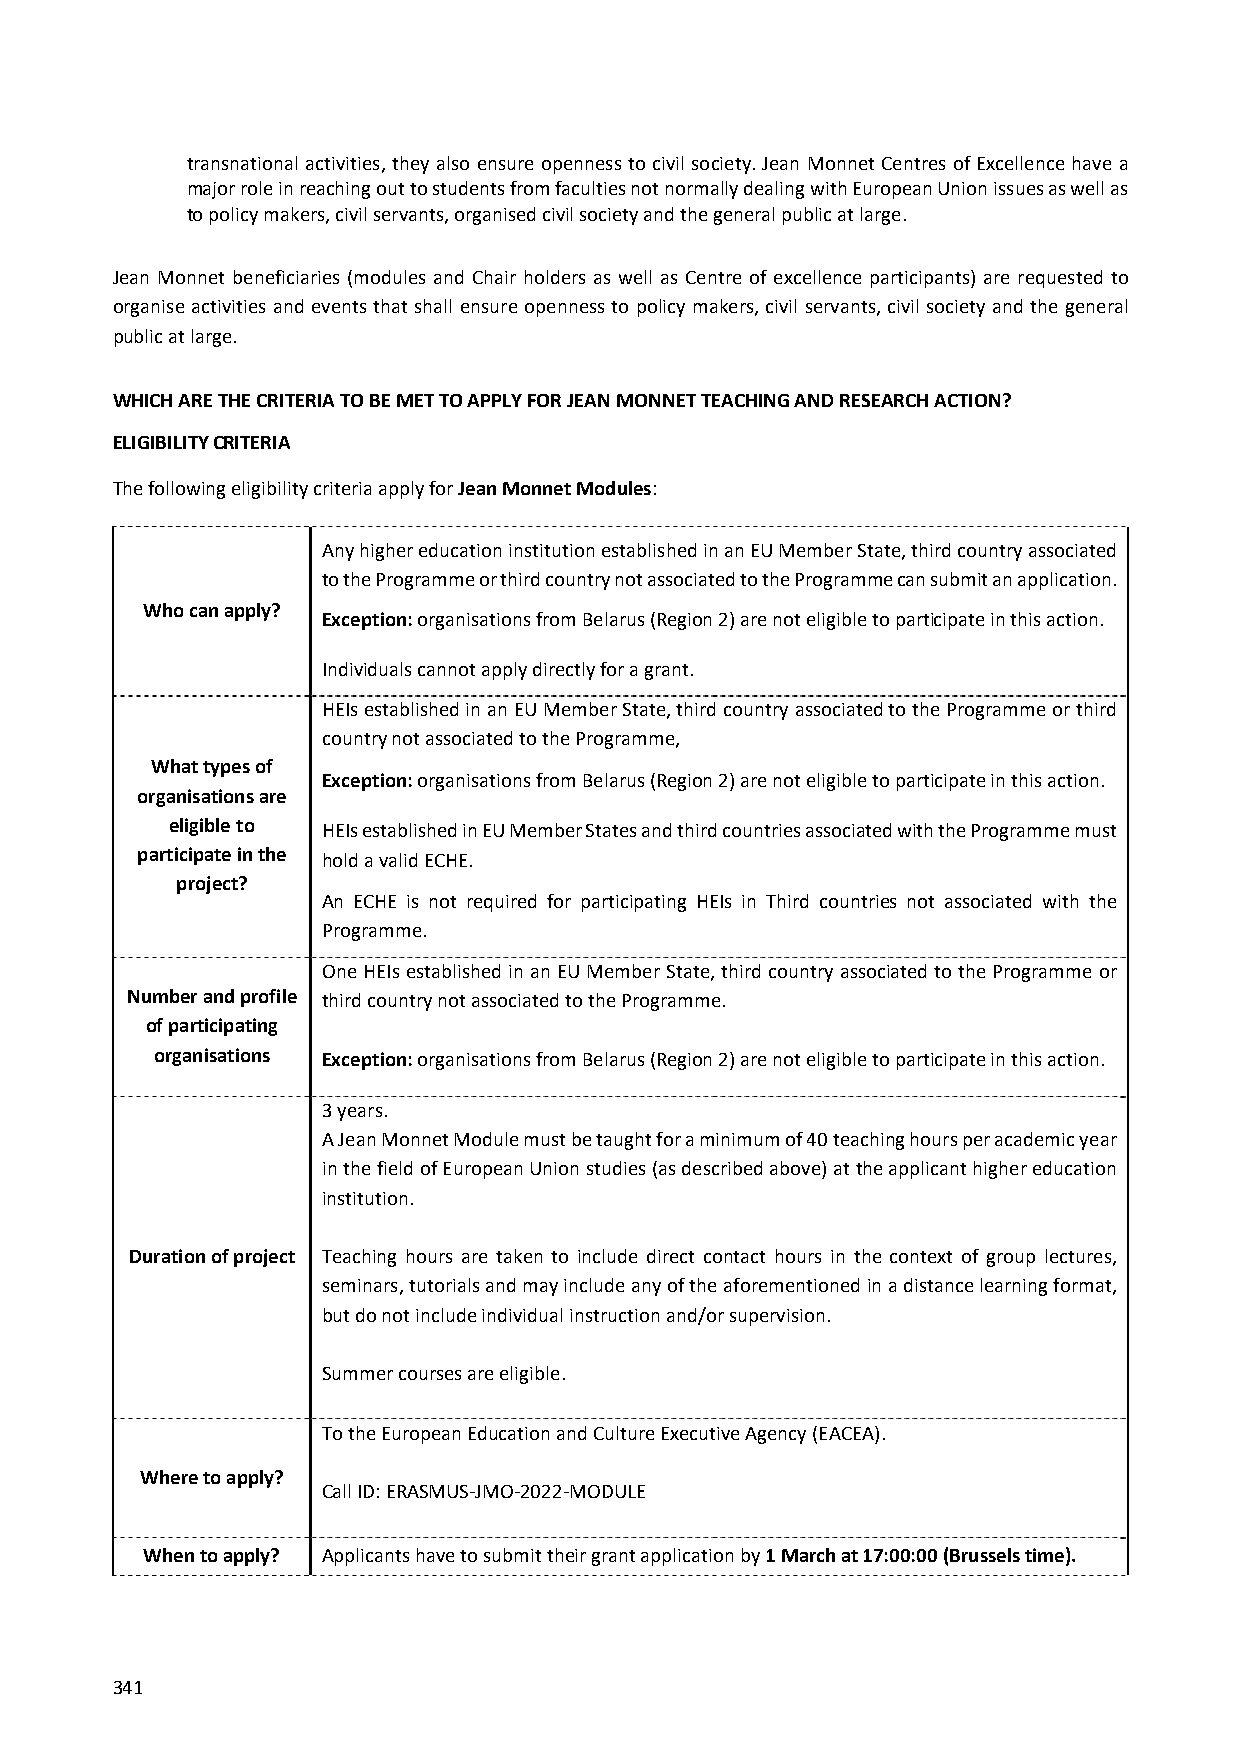
transnational activities, they also ensure openness to civil society. Jean Monnet Centres of Excellence have a
 major role in reaching out to students from faculties not normally dealing with European Union issues as well as
 to policy makers, civil servants, organised civil society and the general public at large.
 Jean Monnet beneficiaries (modules and Chair holders as well as Centre of excellence participants) are requested to
 organise activities and events that shall ensure openness to policy makers, civil servants, civil society and the general
 public at large.
 WHICH ARE THE CRITERIA TO BE MET TO APPLY FOR JEAN MONNET TEACHING AND RESEARCH ACTION?
 ELIGIBILITY CRITERIA
 The following eligibility criteria apply for Jean Monnet Modules:
 Any higher education institution established in an EU Member State, third country associated
 to the Programme or third country not associated to the Programme can submit an application.
 Who can apply?
 Exception: organisations from Belarus (Region 2) are not eligible to participate in this action.
 Individuals cannot apply directly for a grant.
 HEIs established in an EU Member State, third country associated to the Programme or third
 country not associated to the Programme,
 What types of
 Exception: organisations from Belarus (Region 2) are not eligible to participate in this action.
 organisations are
 eligible to HEIs established in EU Member States and third countries associated with the Programme must
 participate in the hold a valid ECHE.
 project?
 An ECHE is not required for participating HEIs in Third countries not associated with the
 Programme.
 One HEIs established in an EU Member State, third country associated to the Programme or
 Number and profile third country not associated to the Programme.
 of participating
 organisations Exception: organisations from Belarus (Region 2) are not eligible to participate in this action.
 3 years.
 A Jean Monnet Module must be taught for a minimum of 40 teaching hours per academic year
 in the field of European Union studies (as described above) at the applicant higher education
 institution.
 Duration of project Teaching hours are taken to include direct contact hours in the context of group lectures,
 seminars, tutorials and may include any of the aforementioned in a distance learning format,
 but do not include individual instruction and/or supervision.
 Summer courses are eligible.
 To the European Education and Culture Executive Agency (EACEA).
 Where to apply?
 Call ID: ERASMUS‐JMO‐2022‐MODULE
 When to apply? Applicants have to submit their grant application by 1 March at 17:00:00 (Brussels time).
 341